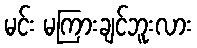
မင်း မကြားချင်ဘူးလား